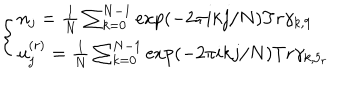
\left\{ \begin{array} { l } { { n _ { j } = \frac { 1 } { N } \sum _ { k = 0 } ^ { N - 1 } \exp ( - 2 \pi i k j / N ) T r \gamma _ { k , 9 } } } \\ { { u _ { j } ^ { ( r ) } = \frac { 1 } { N } \sum _ { k = 0 } ^ { N - 1 } \exp ( - 2 \pi i k j / N ) T r \gamma _ { k , 5 _ { r } } } } \\ \end{array} \right.